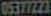
05377223